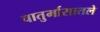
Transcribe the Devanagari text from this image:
चातुर्मासातले